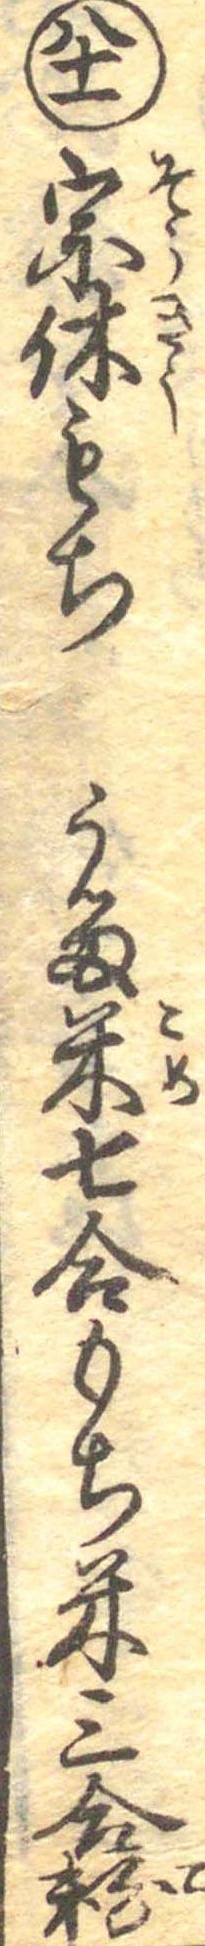
八十一宗休もちうる米七合もち米三合粉